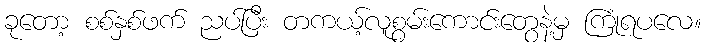
ခုတော့ စစ်နှစ်ဖက် ညပ်ပြီး တကယ့်လူစွမ်းကောင်းတွေနဲ့မှ ကြုံရပလေ။